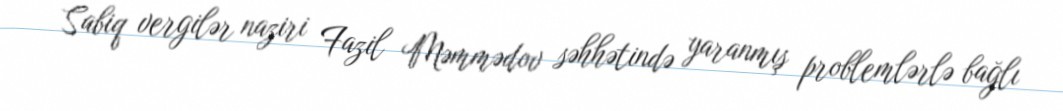
Sabiq vergilər naziri Fazil Məmmədov səhhətində yaranmış problemlərlə bağlı